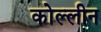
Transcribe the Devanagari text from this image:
कोल्लीन